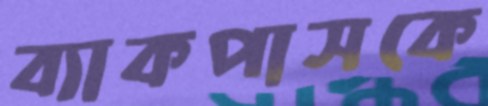
ব্যাকপাসকে